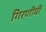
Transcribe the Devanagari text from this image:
गिरणीची